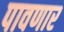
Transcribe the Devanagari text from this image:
पावणार